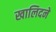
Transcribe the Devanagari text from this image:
खालिदने